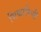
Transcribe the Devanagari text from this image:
भिकारिणी